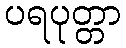
ပရပုတ္တာ